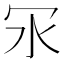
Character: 𠕽